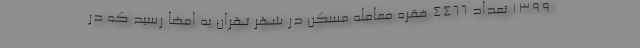
۱۳۹۹ تعداد ۴۴۶۶ فقره معامله مسکن در شهر تهران به امضا رسید که در